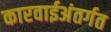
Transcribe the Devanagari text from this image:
कारवाईअंतर्गत